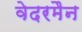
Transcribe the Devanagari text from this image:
वेदरमैन